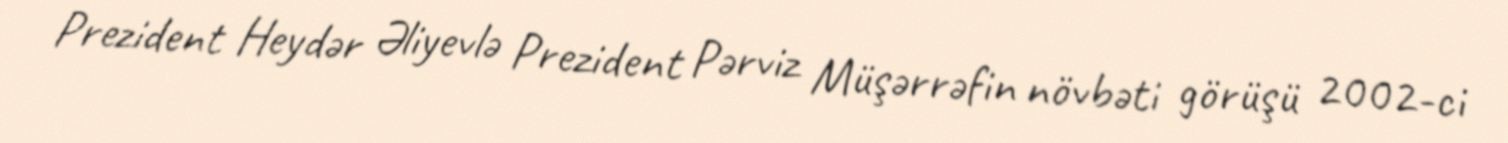
Prezident Heydər Əliyevlə Prezident Pərviz Müşərrəfin növbəti görüşü 2002-ci